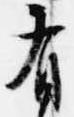
有